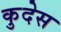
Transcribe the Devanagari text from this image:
कुदेस